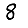
Digit: 8